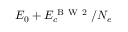
E _ { 0 } + E _ { c } ^ { \mathrm { ~ B ~ W ~ 2 ~ } } / N _ { e }